Vaccination North-Western Provinces and Oudh 1878-1895 - 1878-1895
Year: 1878
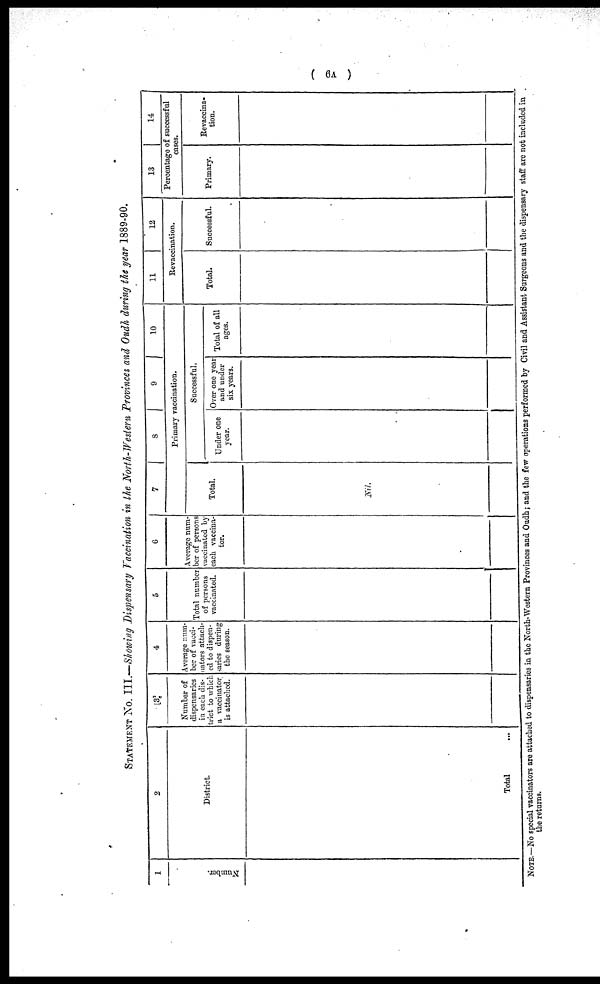
( 6A )
STATEMENT No. III.—Showing Dispensary Vaccination in the North-Western Provinces and Oudh during the year 1889-90.
1
Number.
2
District.
Total ...
3
Number of
dispensaries
in each dis-
trict to which
a vaccinator
is attached.
4
Average num-
ber of vacci¬
nators attach-
ed to dispen-
saries during
the season.
5
Total number
of persons
vaccinated.
6
Average num-
ber of persons
vaccinated by
each vaccina¬
tor.
7
8
9
10
Primary vaccination.
Total.
Nil.
Successful.
Under one
year.
Over one year
and under
six years.
Total of all
ages.
11
12
Revaccination.
Total.
Successful.
13
14
Percentage of successful
cases.
Primary.
Revaccina¬
tion.
NOTE.—No special vaccinators are attached to dispensaries in the North-Western Provinces and Oudh; and the few operations performed by Civil and Assistant Surgeons and the dispensary staff are not included in
the returns.